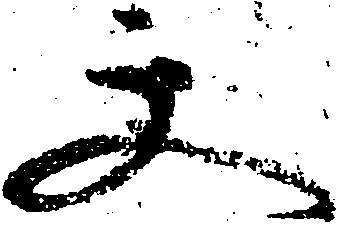
文